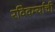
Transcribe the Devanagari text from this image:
रविवर्म्याची